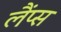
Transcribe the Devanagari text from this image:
लैंप्स